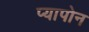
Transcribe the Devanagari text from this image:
प्यापोन